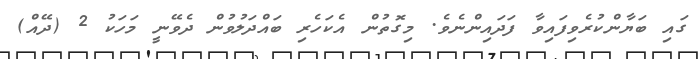
ގައި ބަޔާންކުރެވިފައިވާ ފަދައިންނެވެ. މިގޮތުން އެކަހެރި ބައްދަލުވުން ދެވޭނީ މަހަކު 2 (ދޭއް)